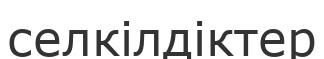
селкілдіктер